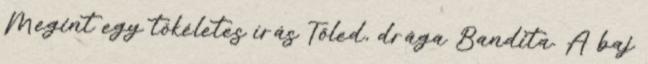
Megint egy tökéletes írás Tőled, drága Bandita. A baj